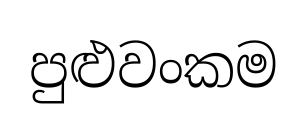
පුළුවංකම